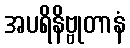
အပရိနိဗ္ဗုတာနံ